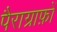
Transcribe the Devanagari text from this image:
पैराग्राफ़ों